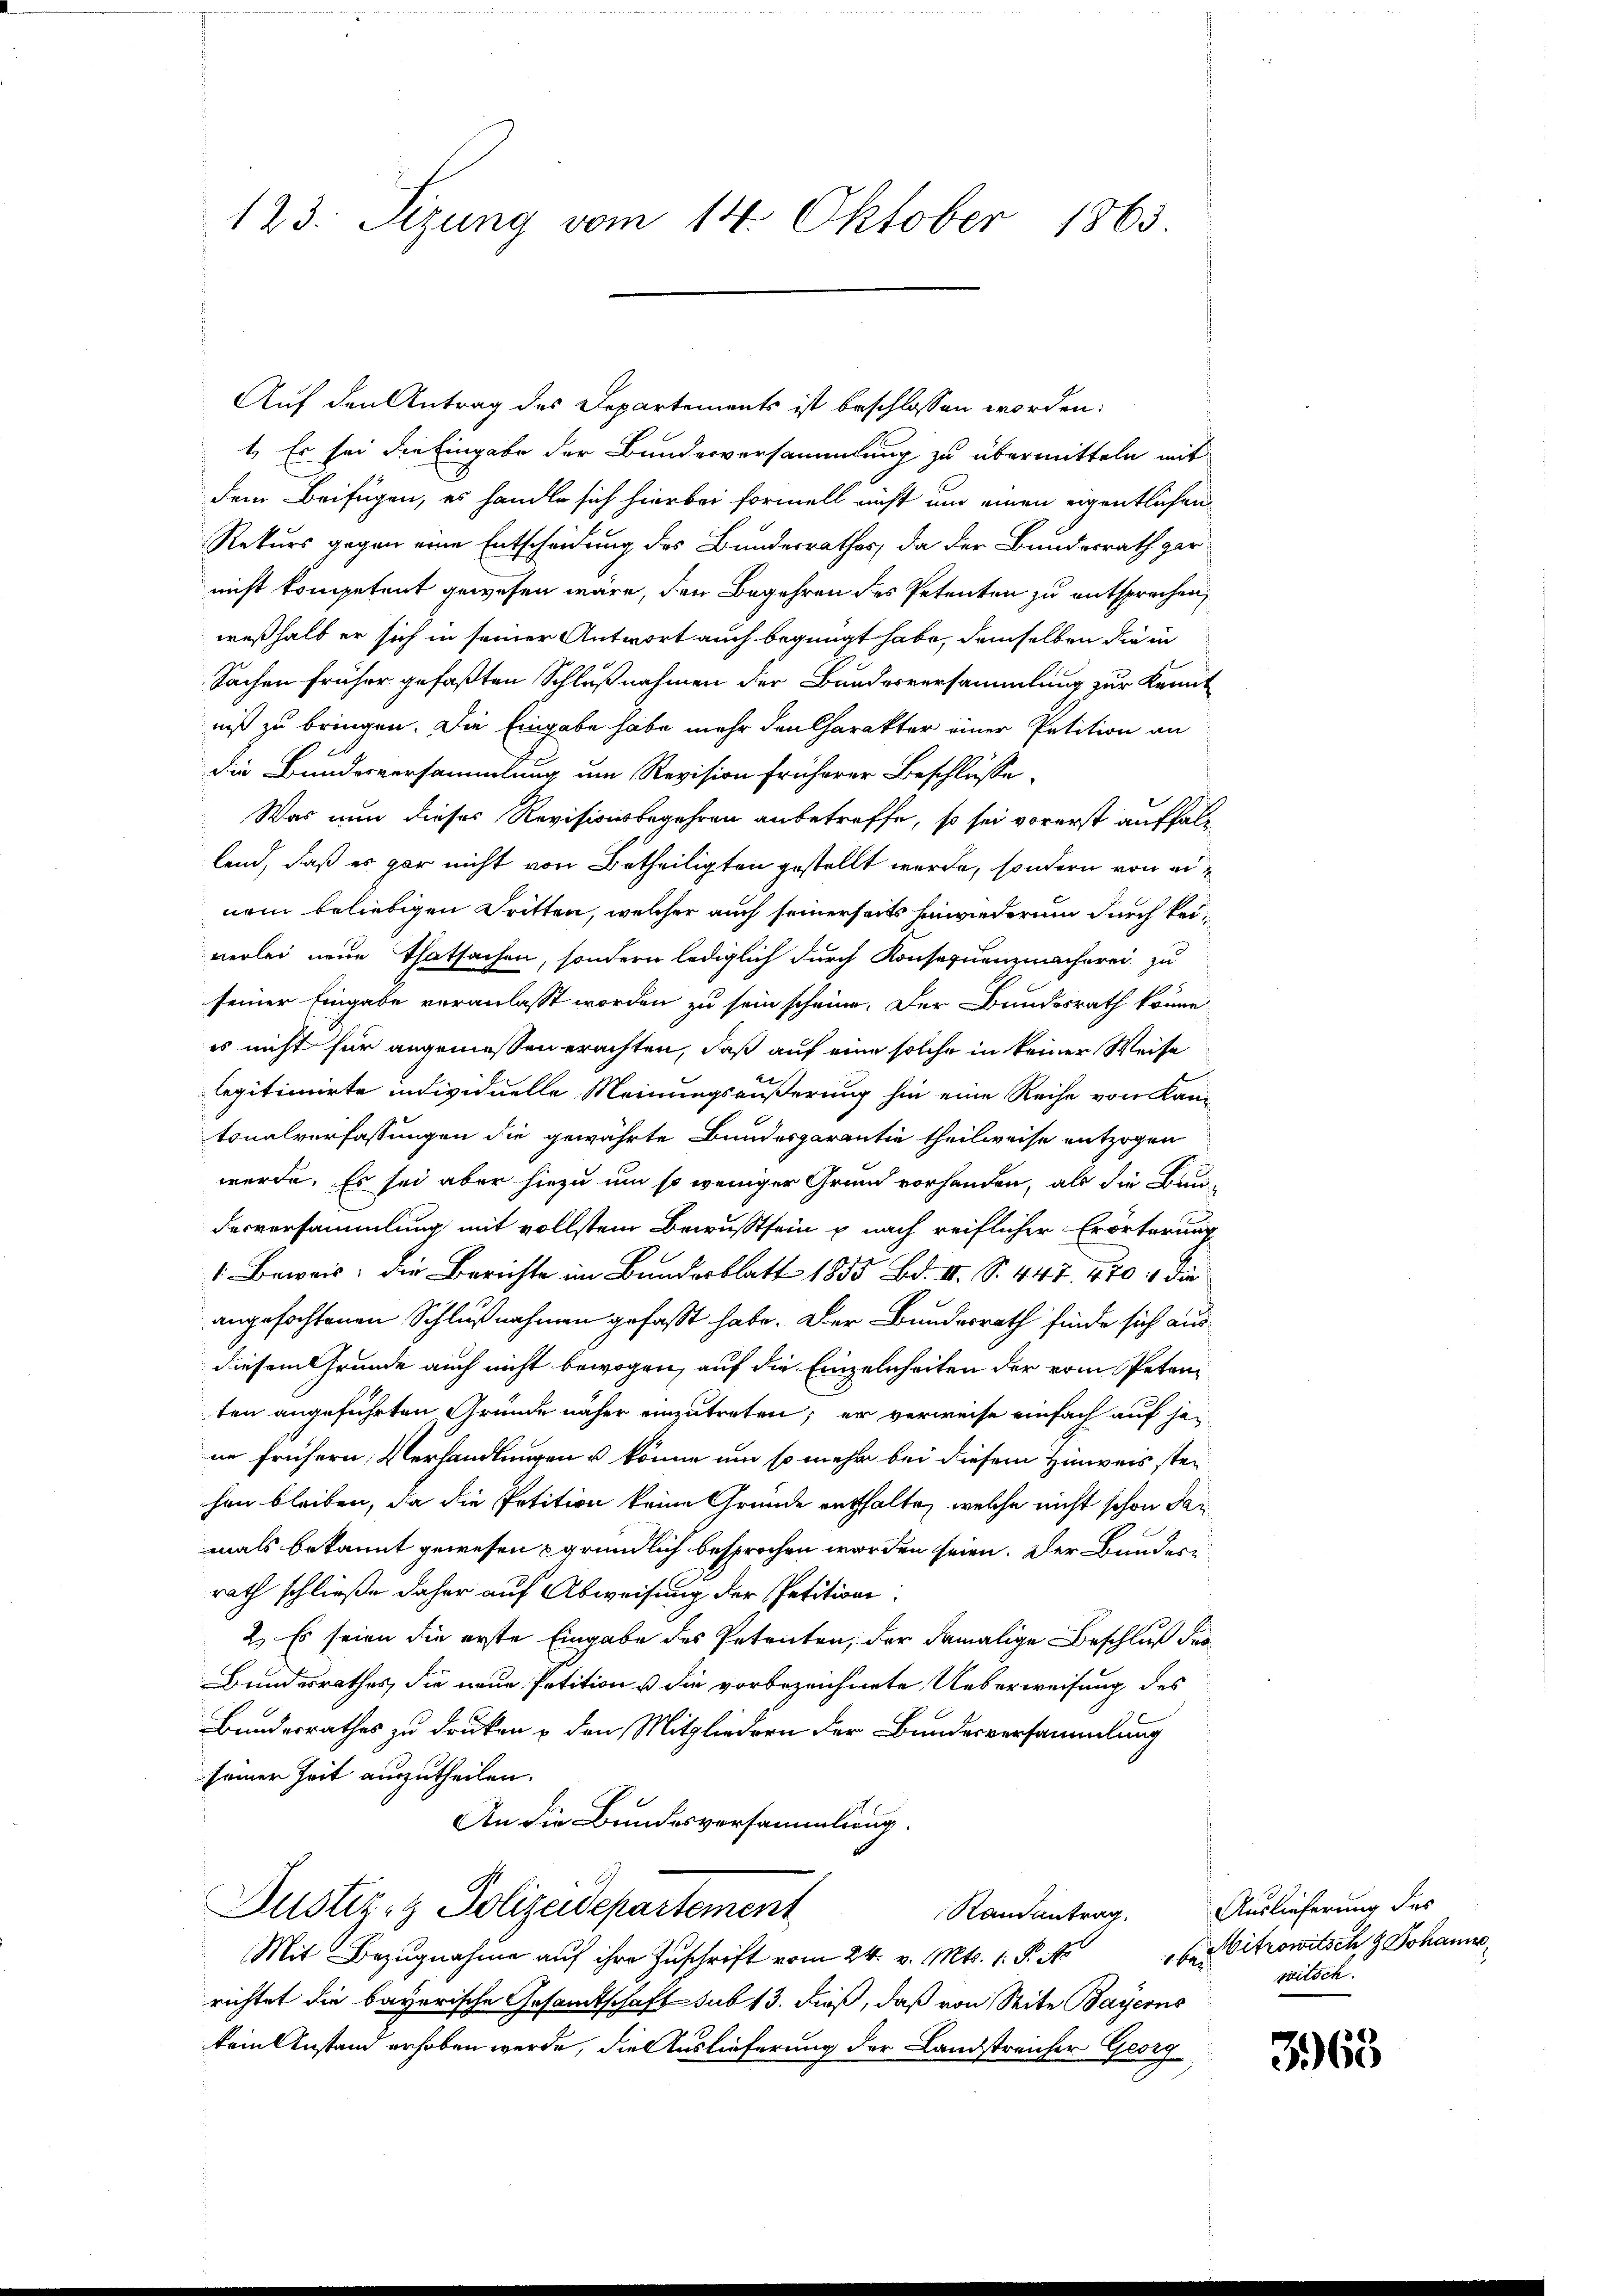
123. Sezung vom 14. Oktober 1863.

Auf den Antrag des Departements ist beschlossen worden:
1.) Es sei die Eingabe der Bundesversammlung zu übermitteln mit
dem Beifügen, es handle sich hierbei formell nicht um einen eigentlichen
Rekurs gegen eine Entscheidung des Bundesrathes, da der Bundesrath ger
nicht kompetent gewesen wäre, den Begehren des Petenten zu entsprechen,
weßhalb er sich in seiner Antwort auch begnügt habe, demselben die in
Sachen früher gefaßten Schlußnahmen der Bundesversammlung zur Kennt
niß zu bringen. Die Eingabe habe mehr den Charakter einer Petition an
die Bundesversammlung um Revision früherer Beschlüsse,
Was nun dieses Revisionsbegehren anbetreffe, so sei vorerst auffall
lend, daß es gar nicht von Betheiligten gestellt wurde, sondern von einem beliebigen Tritten, welcher auch seinerseits hinwiederum durch keiverlei neue Thatsachen, sondern lediglich durch Konsequenzmacherei zu
seiner Eingabe veranlasst worden zu sein scheine. Der Bundesrath könne
es nicht für angemessen erachten, daß auf eine solche in keiner Weise
legitimirte individuelle Meinungsäußerung hin eine Reihe von Kantonalverfassungen die gewährte Bundesgarantie theilweise entzogen
werde. Es sei aber hiezu um so weniger Grund vorhanden, als die Bau-
desversammlung mit vollstem Bewusstsein u nach reiflicher Erörterung
 Beweis, die Berichte im Bundesblatt 1855 Bd. III S. 447. 470 4 die
angefochtenen Schlußnahmen gefaßt habe. Der Bundesrath finde sich aus
diesem Grunde auch nicht bewogen, auf die Einzelnheiten der vom Petenten angeführten Gründe näher einzutreten; er verweise einfach auf jene frühern, Verhandlungen u könne um so mehr bei diesem Hinweis stehen bleiben, da die Petition keine Gründe enthalte, welche nicht schon dar
mals bekannt gewesen gründlich besprochen worden seien. Der Bundere
rath schließe daher auf Abweisung der Petitions¬
2. Es seien die erste Eingabe des Petenten, der damalige Beschluß der
Bundesrathes, die neue Petition u die vorbezeichnete Ueberweisung des
Bundesrathes zu drucken & den Mitgliedern der Bundesversammlung
seiner Zeit auszutheilen.
An die Bundesversammlung.
Justiz- & Polizeidepartement
Randantrag.
Mit Bezugnahme aŭf ihre Zuschrift vom 24. v. Mts. 1. P. Aber Citrowitsch & Johanne
richtet die bayerische Gesamtschaft sub 13. dieß, daß von Seite Bayerns
kein Anstand erhoben werde, die Auslieferung der Landstreicher Georg

Auslieferung des
witsch.

363